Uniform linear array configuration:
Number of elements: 32
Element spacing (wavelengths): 0.5
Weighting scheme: uniform
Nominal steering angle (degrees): -30
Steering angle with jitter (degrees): -29.847
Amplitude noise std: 0.05
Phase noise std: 0.05

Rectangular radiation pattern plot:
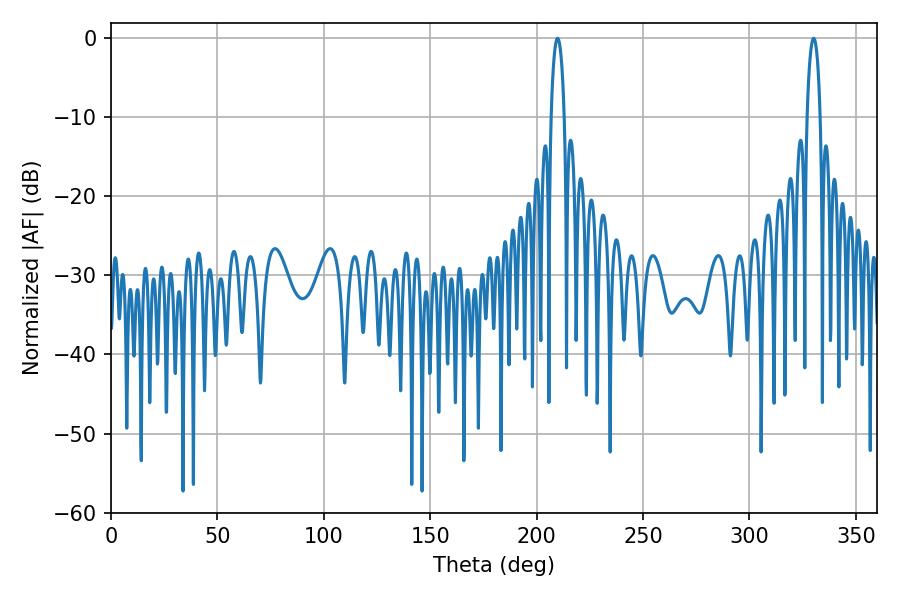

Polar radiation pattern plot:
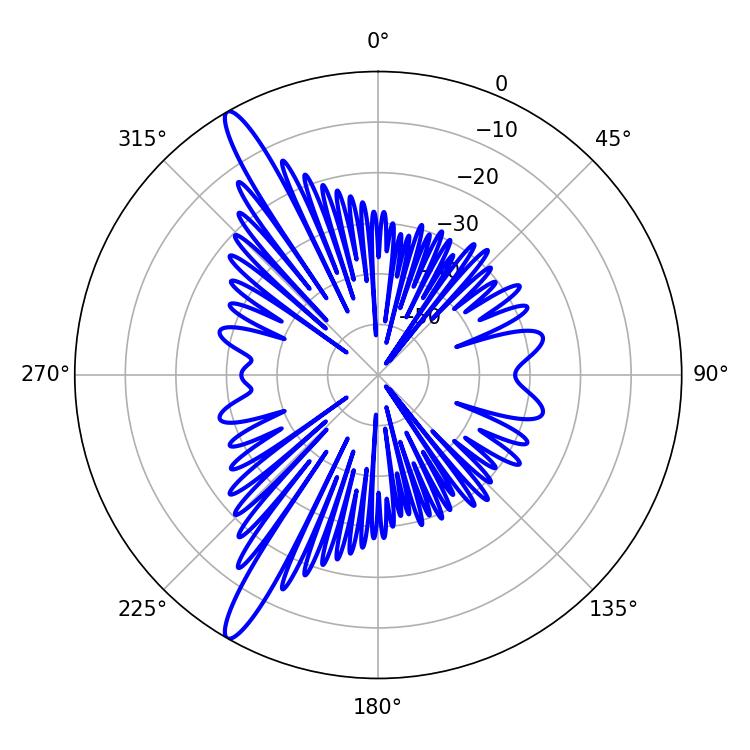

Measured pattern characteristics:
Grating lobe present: FALSE
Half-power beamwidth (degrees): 3.6
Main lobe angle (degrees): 330.12